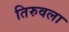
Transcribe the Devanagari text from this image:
तिरुवला